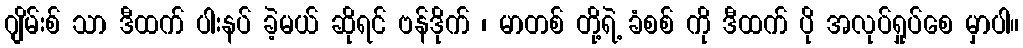
ဂျိမ်းစ် သာ ဒီထက် ပါးနပ် ခဲ့မယ် ဆိုရင် ဗန်ဒိုက် ၊ မာတစ် တို့ရဲ့ ခံစစ် ကို ဒီထက် ပို အလုပ်ရှုပ်စေ မှာပါ။